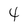
Character: 4